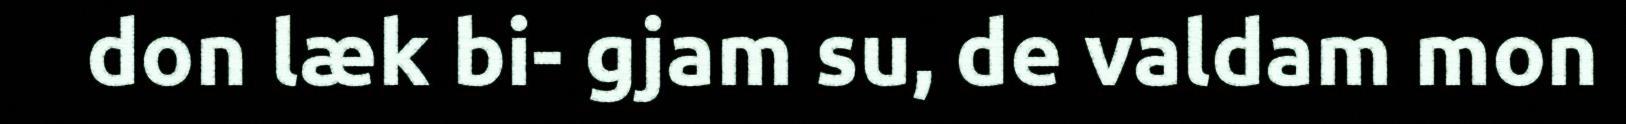
don læk bi- gjam su, de valdam mon